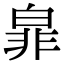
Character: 𭽜